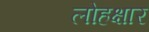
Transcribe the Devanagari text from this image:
लोहक्षार